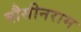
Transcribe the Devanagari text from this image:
मौसीनराम